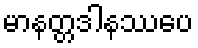
မာနတ္တဒါနဿပေ